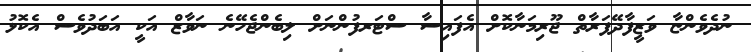
ނުދެވެންޏާ ވަޒީފާދޭފަރާތް ޖޫރިމަނާކޮށް އެފައިސާ ސްޓަރފުންނަށް ލިބެންޖެހޭނެ ނަވާޒް އަކީ އަބަދުވެސް އެކޮޅު